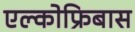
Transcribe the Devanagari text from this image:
एल्कोफ्रिबास